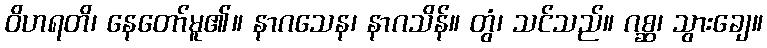
ဝိဟရတိ၊ နေတော်မူ၏။ နာဂသေန၊ နာဂသိန်။ တွံ၊ သင်သည်။ ဂစ္ဆ၊ သွားချေ။